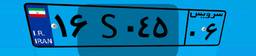
۱۶S۰۴۵۰۶